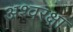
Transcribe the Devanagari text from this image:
अश्वरक्षा